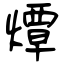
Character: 燂